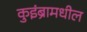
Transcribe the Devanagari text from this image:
कुइंब्रामधील